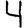
Digit: 4